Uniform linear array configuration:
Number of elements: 4
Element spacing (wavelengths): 0.75
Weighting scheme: kaiser
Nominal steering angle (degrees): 0
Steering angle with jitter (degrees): -1.014
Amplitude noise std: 0.05
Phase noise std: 0.05

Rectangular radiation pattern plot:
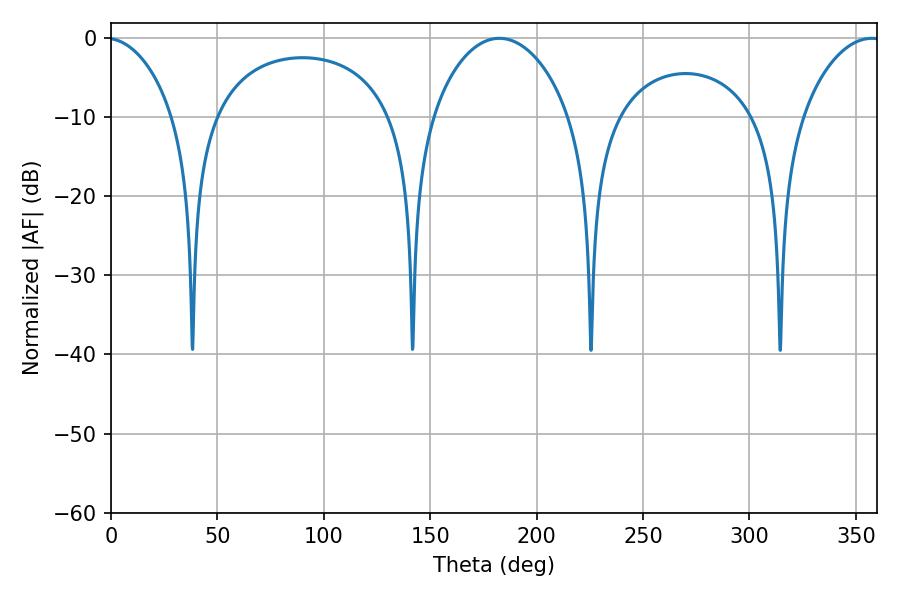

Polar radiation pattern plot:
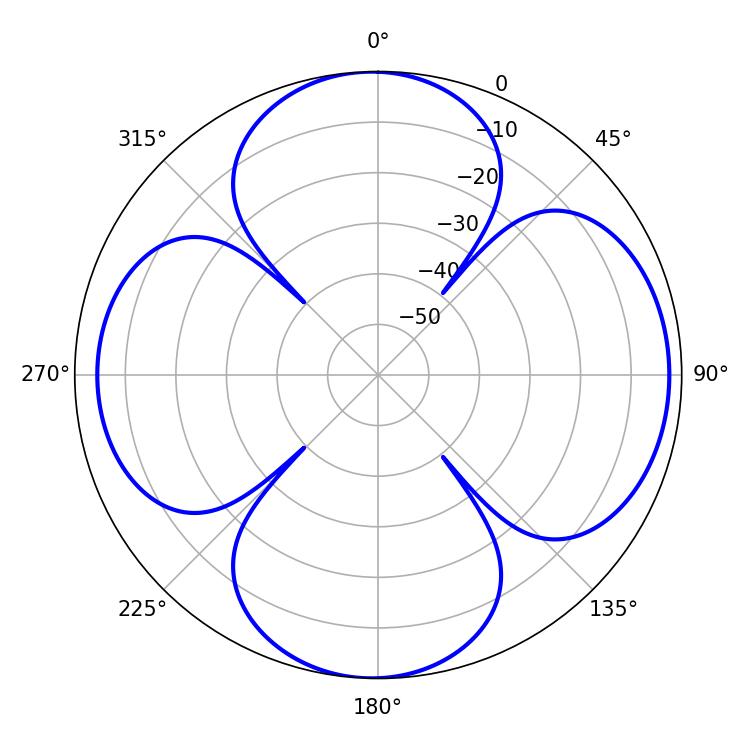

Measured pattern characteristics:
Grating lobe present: TRUE
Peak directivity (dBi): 10.463
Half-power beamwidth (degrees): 36.9
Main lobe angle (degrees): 182.52